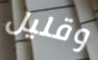
وقليل